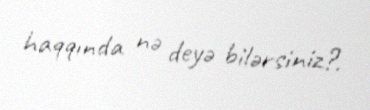
haqqında nə deyə bilərsiniz?.